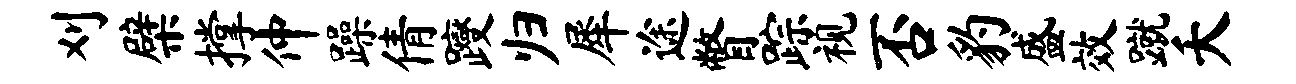
刈檗撑仲躁倩躞归犀途瞥踪视否豹盛效蹴夭